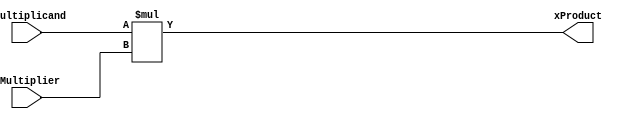
`define LENGTH 16

module Butterfly_Mult(
xMultiplicand,
xMultiplier,
xProduct
);

output [`LENGTH+`LENGTH-1:0] xProduct;	//for 16*16 this is 32 bits
input [`LENGTH-1:0] xMultiplicand	 ;	//M bits
input [`LENGTH-1:0] xMultiplier		 ;	//M bits

wire signed [`LENGTH+`LENGTH-1:0] xProduct  ;	//output
wire signed [`LENGTH-1:0] xMultiplier		 ;	//input2
wire signed [`LENGTH-1:0] xMultiplicand		 ;	//input1 

assign xProduct = xMultiplicand*xMultiplier;

endmodule